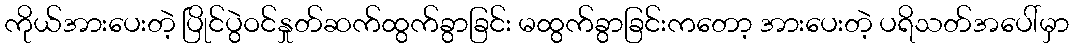
ကိုယ်အားပေးတဲ့ ပြိုင်ပွဲဝင်နှုတ်ဆက်ထွက်ခွာခြင်း မထွက်ခွာခြင်းကတော့ အားပေးတဲ့ ပရိသတ်အပေါ်မှာ